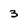
Character: 3